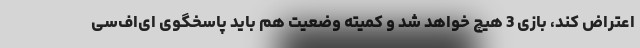
اعتراض کند، بازی 3 هیچ خواهد شد و کمیته وضعیت هم باید پاسخگوی ای‌اف‌سی